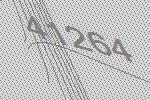
41264